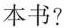
本书?